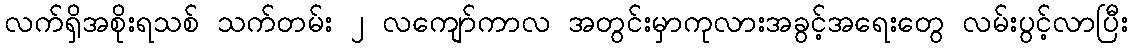
လက်ရှိအစိုးရသစ် သက်တမ်း ၂ လကျော်ကာလ အတွင်းမှာကုလားအခွင့်အရေးတွေ လမ်းပွင့်လာပြီး